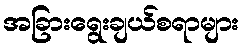
အခြားရွေးချယ်စရာများ